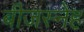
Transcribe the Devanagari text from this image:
बीजस्नेह